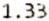
1.33